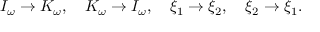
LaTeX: I _ { \omega } \rightarrow K _ { \omega } , \quad K _ { \omega } \rightarrow I _ { \omega } , \quad \xi _ { 1 } \rightarrow \xi _ { 2 } , \quad \xi _ { 2 } \rightarrow \xi _ { 1 } .